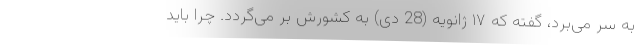
به سر می‌برد، گفته که ۱۷ ژانویه (28 دی) به کشورش بر می‌گردد. چرا باید